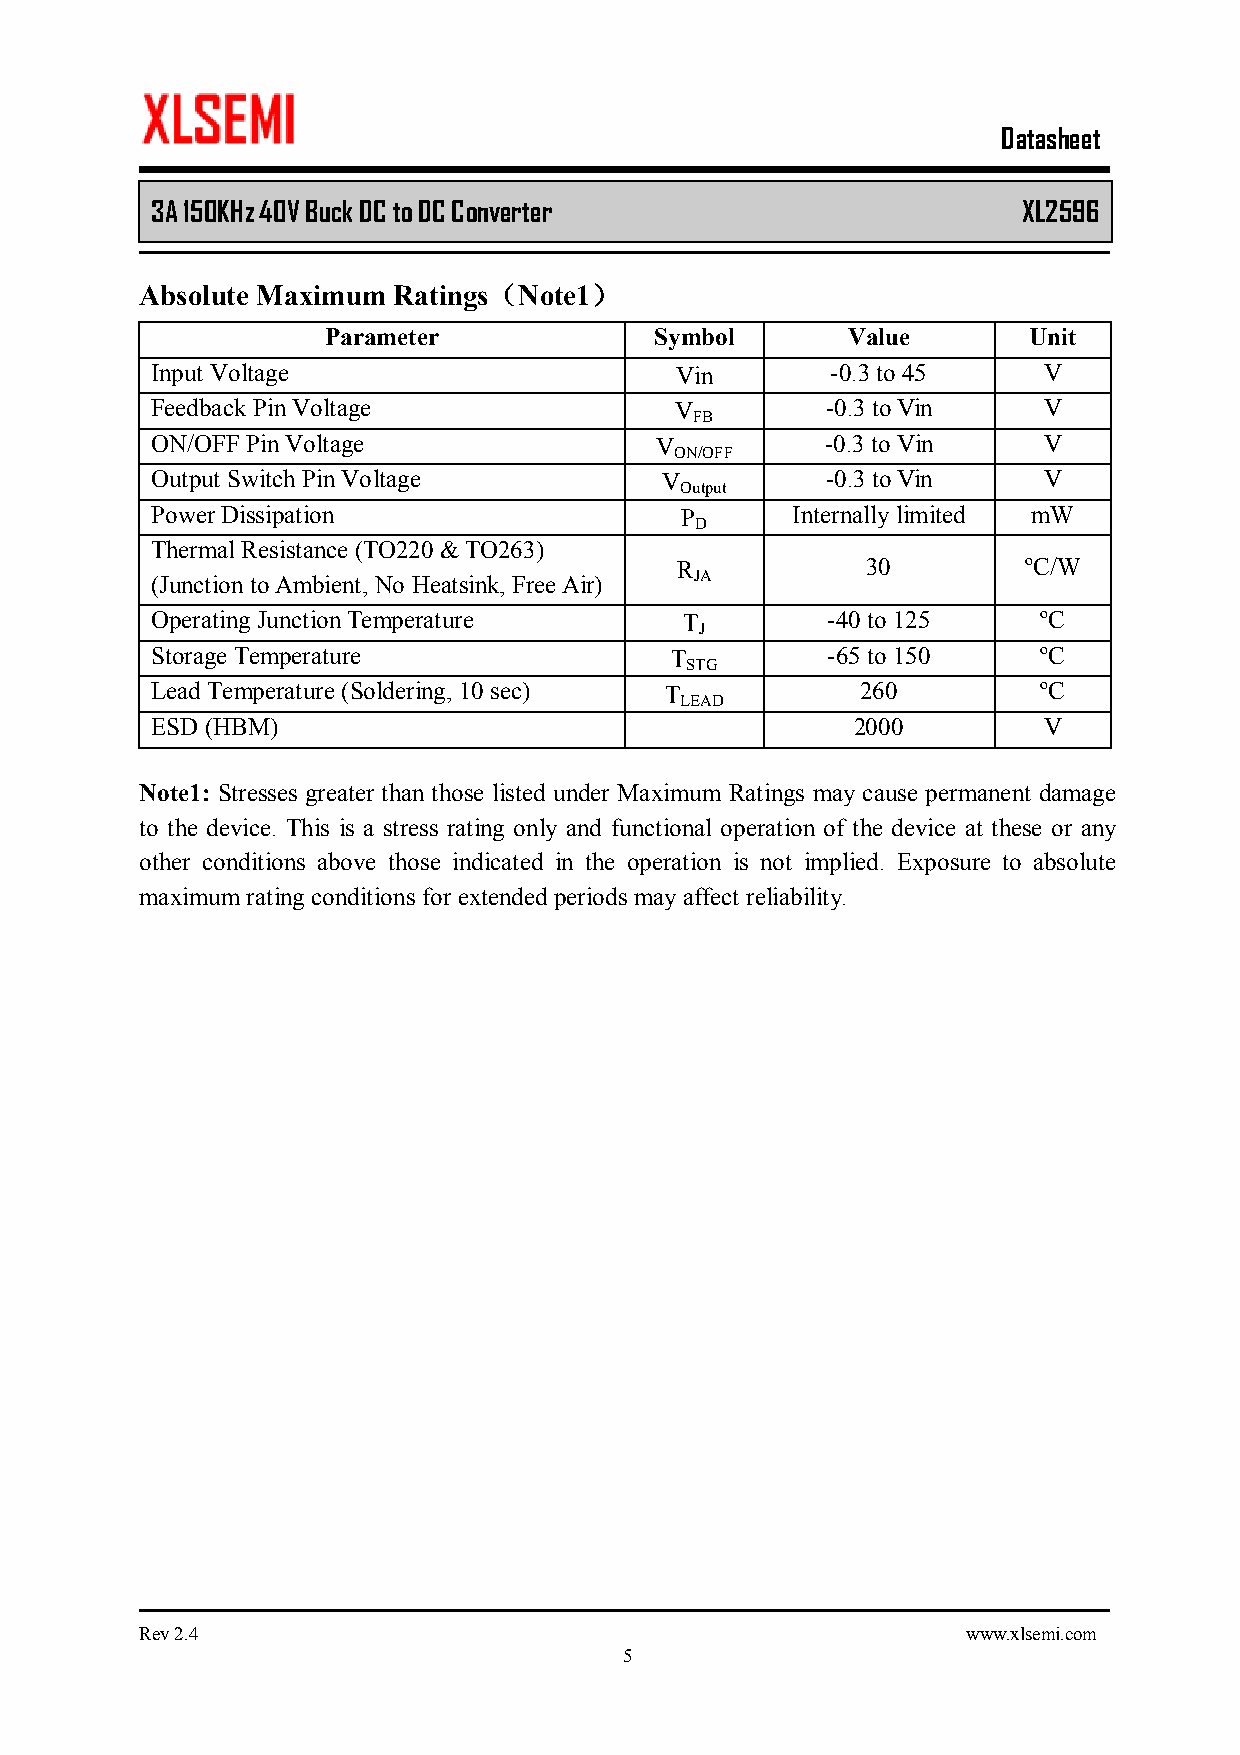
Datasheet
 3A 150KHz 40V Buck DC to DC Converter         XL2596
 Absolute Maximum Ratings（Note1）
 Parameter            Symbol       Value       Unit
 Input Voltage                      Vin       -0.3 to 45    V
 Feedback Pin Voltage               V         -0.3 to Vin   V
 FB
 ON/OFF Pin Voltage               V           -0.3 to Vin   V
 ON/OFF
 Output Switch Pin Voltage         V          -0.3 to Vin   V
 Output
 Power Dissipation                  P      Internally limited mW
 D
 Thermal Resistance (TO220 & TO263)
 R           30         ºC/W
 (Junction to Ambient, No Heatsink, Free Air) JA
 Operating Junction Temperature     T         -40 to 125    ºC
 J
 Storage Temperature               T          -65 to 150    ºC
 STG
 Lead Temperature (Soldering, 10 sec) T         260         ºC
 LEAD
 ESD (HBM)                                      2000        V
 Note1: Stresses greater than those listed under Maximum Ratings may cause permanent damage
 to the device. This is a stress rating only and functional operation of the device at these or any
 other conditions above those indicated in the operation is not implied. Exposure to absolute
 maximum rating conditions for extended periods may affect reliability.
 Rev 2.4                                                www.xlsemi.com
 5